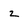
Character: z